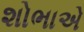
શોભાએ